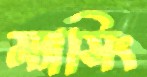
ম্যাসিং